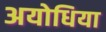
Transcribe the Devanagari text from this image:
अयोधिया